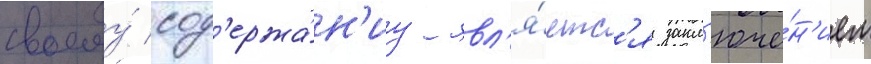
своему́ сод'ержа́н'иу явл'я́етс'я закл'юче́н'ием